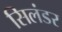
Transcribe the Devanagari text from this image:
सिलंडर